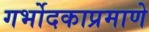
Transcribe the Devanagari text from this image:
गर्भोदकाप्रमाणे